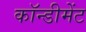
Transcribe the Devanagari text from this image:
कॉन्डीमेंट